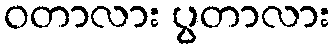
ဝတာလား ပွတာလား